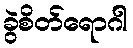
ခွဲစိတ်ရောဂါ